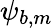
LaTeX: {\psi_{b,m}}